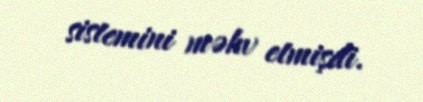
sistemini məhv etmişdi.